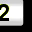
Digit: 2